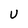
Character: U